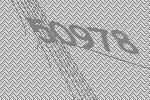
50978